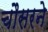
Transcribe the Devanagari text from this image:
चौसरने